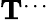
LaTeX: \mathbf{T}^{\dots}